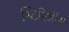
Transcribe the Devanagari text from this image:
स्टिरिऑस